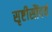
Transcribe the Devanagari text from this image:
सृष्टीसौंदर्य